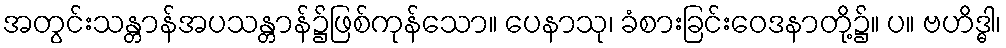
အတွင်းသန္တာန်အပသန္တာန်၌ဖြစ်ကုန်သော။ ပေနာသု၊ ခံစားခြင်းဝေဒနာတို့၌။ ပ။ ဗဟိဒ္ဓါ၊